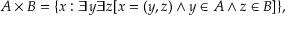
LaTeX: A \times B = \{ x : \exists y \exists z [ x = ( y , z ) \land y \in A \land z \in B ] \} ,